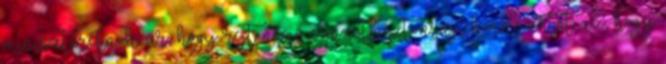
miniszterelnök úr, hogy rejt némi nemzetbiztonsági kockázatot az, hogy